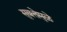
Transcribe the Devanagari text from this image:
सुबत्तेमुळे